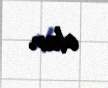
olur.